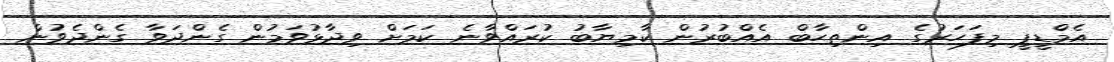
އެމްޑީޕީ މިފަހަރުގެ އިންތިޙާބް އެއްބުރުން ކާމިޔާބު ކުރައްވާނެ ކަމަށް ވިދާޅުވަމުން ގެންދަވާ ގެންދެވުން